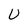
Character: U